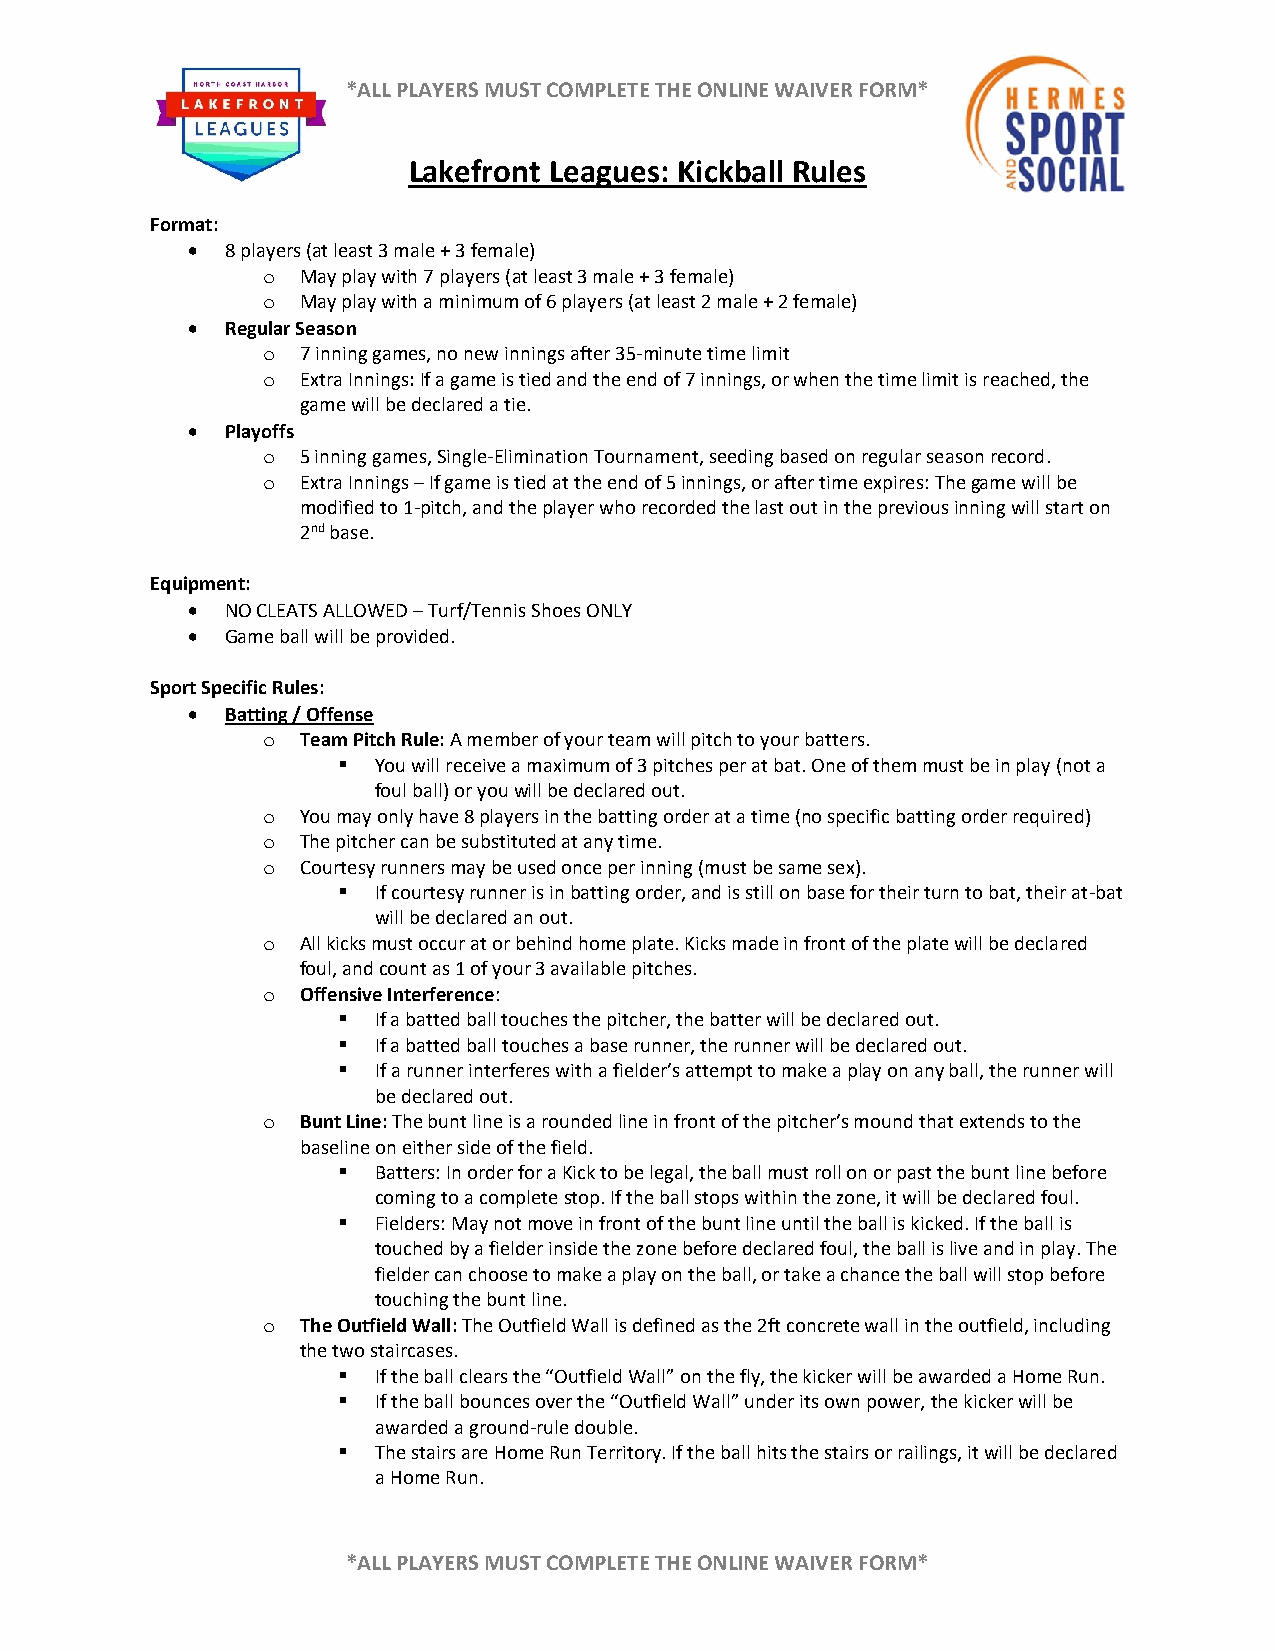
*ALL PLAYERS MUST COMPLETE THE ONLINE WAIVER FORM*
 Lakefront Leagues: Kickball Rules
 Format:
 •  8 players (at least 3 male + 3 female)
 o  May play with 7 players (at least 3 male + 3 female)
 o  May play with a minimum of 6 players (at least 2 male + 2 female)
 •  Regular Season
 o  7 inning games, no new innings after 35-minute time limit
 o  Extra Innings: If a game is tied and the end of 7 innings, or when the time limit is reached, the
 game will be declared a tie.
 •  Playoffs
 o  5 inning games, Single-Elimination Tournament, seeding based on regular season record.
 o  Extra Innings – If game is tied at the end of 5 innings, or after time expires: The game will be
 modified to 1-pitch, and the player who recorded the last out in the previous inning will start on
 2nd base.
 Equipment:
 •  NO CLEATS ALLOWED – Turf/Tennis Shoes ONLY
 •  Game ball will be provided.
 Sport Specific Rules:
 •  Batting / Offense
 o  Team Pitch Rule: A member of your team will pitch to your batters.
 ▪  You will receive a maximum of 3 pitches per at bat. One of them must be in play (not a
 foul ball) or you will be declared out.
 o  You may only have 8 players in the batting order at a time (no specific batting order required)
 o  The pitcher can be substituted at any time.
 o  Courtesy runners may be used once per inning (must be same sex).
 ▪  If courtesy runner is in batting order, and is still on base for their turn to bat, their at-bat
 will be declared an out.
 o  All kicks must occur at or behind home plate. Kicks made in front of the plate will be declared
 foul, and count as 1 of your 3 available pitches.
 o  Offensive Interference:
 ▪  If a batted ball touches the pitcher, the batter will be declared out.
 ▪  If a batted ball touches a base runner, the runner will be declared out.
 ▪  If a runner interferes with a fielder’s attempt to make a play on any ball, the runner will
 be declared out.
 o  Bunt Line: The bunt line is a rounded line in front of the pitcher’s mound that extends to the
 baseline on either side of the field.
 ▪  Batters: In order for a Kick to be legal, the ball must roll on or past the bunt line before
 coming to a complete stop. If the ball stops within the zone, it will be declared foul.
 ▪  Fielders: May not move in front of the bunt line until the ball is kicked. If the ball is
 touched by a fielder inside the zone before declared foul, the ball is live and in play. The
 fielder can choose to make a play on the ball, or take a chance the ball will stop before
 touching the bunt line.
 o  The Outfield Wall: The Outfield Wall is defined as the 2ft concrete wall in the outfield, including
 the two staircases.
 ▪  If the ball clears the “Outfield Wall” on the fly, the kicker will be awarded a Home Run.
 ▪  If the ball bounces over the “Outfield Wall” under its own power, the kicker will be
 awarded a ground-rule double.
 ▪  The stairs are Home Run Territory. If the ball hits the stairs or railings, it will be declared
 a Home Run.
 *ALL PLAYERS MUST COMPLETE THE ONLINE WAIVER FORM*